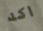
اكد